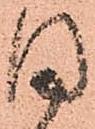
日